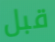
قبل